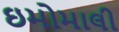
ઇમોમાલી